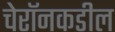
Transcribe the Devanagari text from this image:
चेरॉनकडील